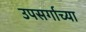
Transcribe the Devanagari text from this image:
उपसर्गाच्या